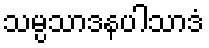
သမ္ပသာဒနပါသာဒံ